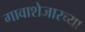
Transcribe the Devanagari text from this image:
गावाशेजारच्या